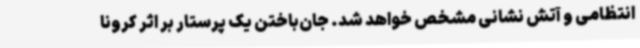
انتظامی و آتش نشانی مشخص خواهد شد. جان‌باختن یک پرستار بر اثر کرونا